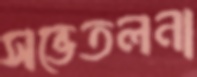
সভেতলনা